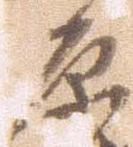
原